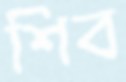
শিব